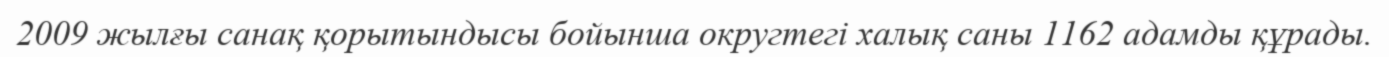
2009 жылғы санақ қорытындысы бойынша округтегі халық саны 1162 адамды құрады.